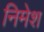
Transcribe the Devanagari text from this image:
निमेश